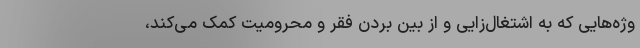
وژه‌هایی که به اشتغال‌زایی و از بین بردن فقر و محرومیت کمک می‌کند،